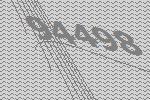
94498